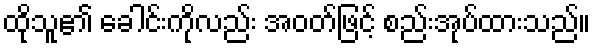
ထိုသူ၏ ခေါင်းကိုလည်း အဝတ်ဖြင့် စည်းအုပ်ထားသည်။